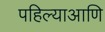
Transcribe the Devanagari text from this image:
पहिल्याआणि